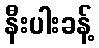
နီးပါးခန့်